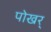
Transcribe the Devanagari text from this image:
पोखर्